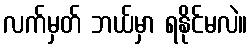
လက်မှတ် ဘယ်မှာ ရနိုင်မလဲ။